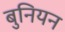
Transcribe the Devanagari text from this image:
बुनियन